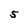
Character: 5